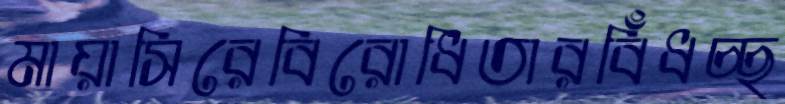
মায়াসিরেবিরোধিতারবিঁধচ্ছ